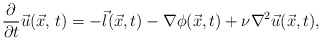
\begin{align*}{{\partial}\over {\partial t}}\vec u(\vec x,\,t)=-\vec l(\vec x,t) -\nabla\phi(\vec x,t) +\nu \nabla^2 \vec u(\vec x,t),\end{align*}